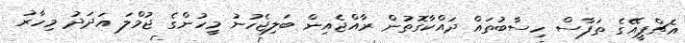
އެޗްޕީއޭގެ ތަފާސް ހިސާބުތައް ދައްކާގޮތުން ރާއްޖެއިން ބަލިޖެހުނު މީހުންގެ ޖުމްލަ އަދަދު މިހާރު